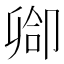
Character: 𫧻